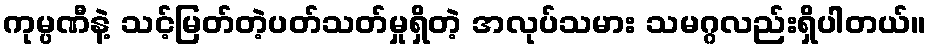
ကုမ္ပဏီနဲ့ သင့်မြတ်တဲ့ပတ်သတ်မှုရှိတဲ့ အလုပ်သမား သမဂ္ဂလည်းရှိပါတယ်။